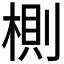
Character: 𣖡